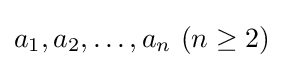
a_{1},a_{2},\dots ,a_{n}\,\,(n\geq 2)